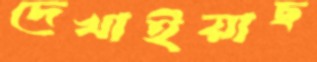
দেখাইয়াছ